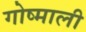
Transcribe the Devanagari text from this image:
गोष्माली